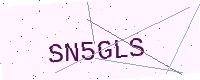
Text: SN5GLS